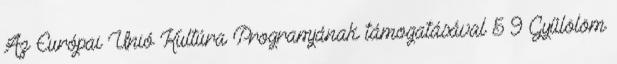
Az Európai Unió Kultúra Programjának támogatásával 5 9 Gyűlölöm